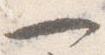
一